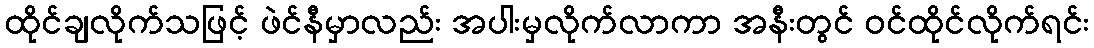
ထိုင်ချလိုက်သဖြင့် ဖဲင်နီမှာလည်း အပါးမှလိုက်လာကာ အနီးတွင် ဝင်ထိုင်လိုက်ရင်း